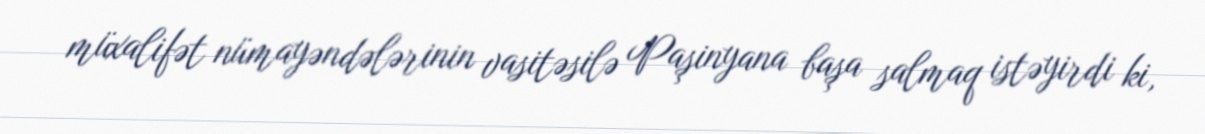
müxalifət nümayəndələrinin vasitəsilə Paşinyana başa salmaq istəyirdi ki,